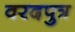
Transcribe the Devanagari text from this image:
वरदपुत्र